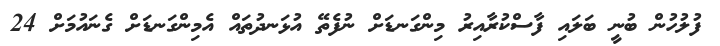
ފުލުހުން ބުނީ ބަލައި ފާސްކުރާއިރު މިންގަނޑަށް ނުފެތޭ އުޅަނދުތައް އެމިންގަނޑަށް ގެނައުމަށް 24